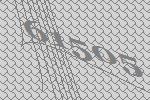
61505